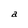
Character: a